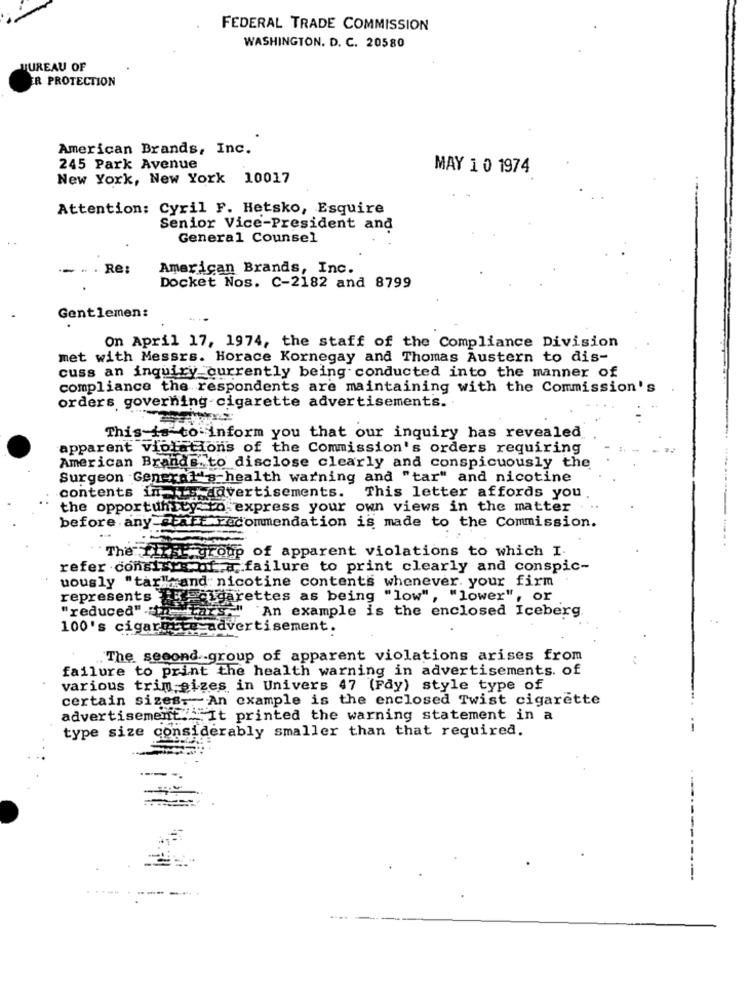
FEDERAL TRADE COMMISSION
WASHINGTON. D. C. 20580
UREAU OF
ER PROTECTION
American Brands, Inc.
245 Park Avenue
MAY 1 0 1974
New York, New York 10017
Attention: Cyril F. Hetsko, Esquire
Senior Vice-President and
General Counsel
Re:
American Brands, Inc.
Docket Nos. C-2182 and 8799
Gentlemen:
On April 17, 1974, the staff of the Compliance Division
met with Messrs. Horace Kornegay and Thomas Austern to dis-
cuss an inquiry currently being conducted into the manner of
compliance the respondents are maintaining with the Commission's
orders governing cigarette advertisements.
This is to inform you that our inquiry has revealed
apparent violations of the Commission's orders requiring
American Brands. to disclose clearly and conspicuously the
Surgeon General 's health warning and "tar" and nicotine
contents in jis advertisements.
This letter affords you
the opportunity to express your own views in the matter
before any staff recommendation is made to the Commission.
The first group of apparent violations to which I.
refer consists of a failure to print clearly and conspic-
uously "tar" and nicotine contents whenever. your firm
represents : cigarettes as being "low", "lower", or
"reduced" n-cars.
An example is the enclosed Iceberg
100's cigarette advertisement.
The second .. group of apparent violations arises from
failure to print the health warning in advertisements. of
various trim sizes in Univers 47 (Fdy) style type of
certain sizes. An example is the enclosed Twist cigarette
advertisement ..... It printed the warning statement in a
type size considerably smaller than that required.
--
----.